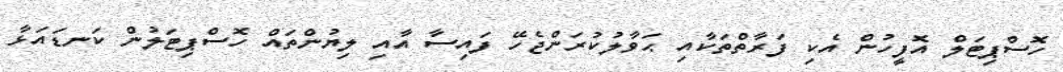
ހޮސްޕިޓަލް އޮފީހުން އެކި ފަރާތްތަކާއި ޙަވާލުކުރަންޖެހޭ ފައިސާ އާއި ލިޔުންތައް ހޮސްޕިޓަލުން ކަނޑައަޅާ